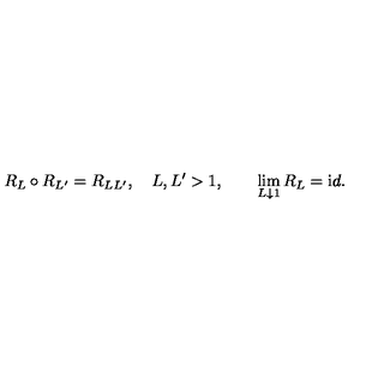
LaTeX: R _ { L } \circ R _ { L ^ { \prime } } = R _ { L L ^ { \prime } } , \quad L , L ^ { \prime } > 1 , \qquad \lim _ { L \downarrow 1 } R _ { L } = { \mathrm i d } .